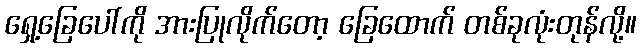
ရှေ့ခြေပေါ်ကို အားပြုလိုက်တော့ ခြေထောက် တစ်ခုလုံးတုန်လို့။